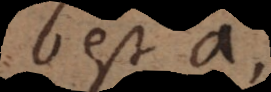
b est a,